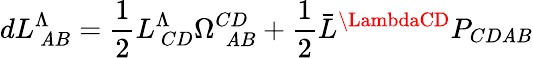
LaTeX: dL_{\ \mathit{A}B}^{\Lambda}={\frac{{1}}{{2}}}L_{\ CD}^{\Lambda}\Omega_{\ \ \mathit{A}B}^{CD}+{\frac{{1}}{{2}}}\bar{{L}}^{\LambdaCD}P_{CD\mathit{A}B}